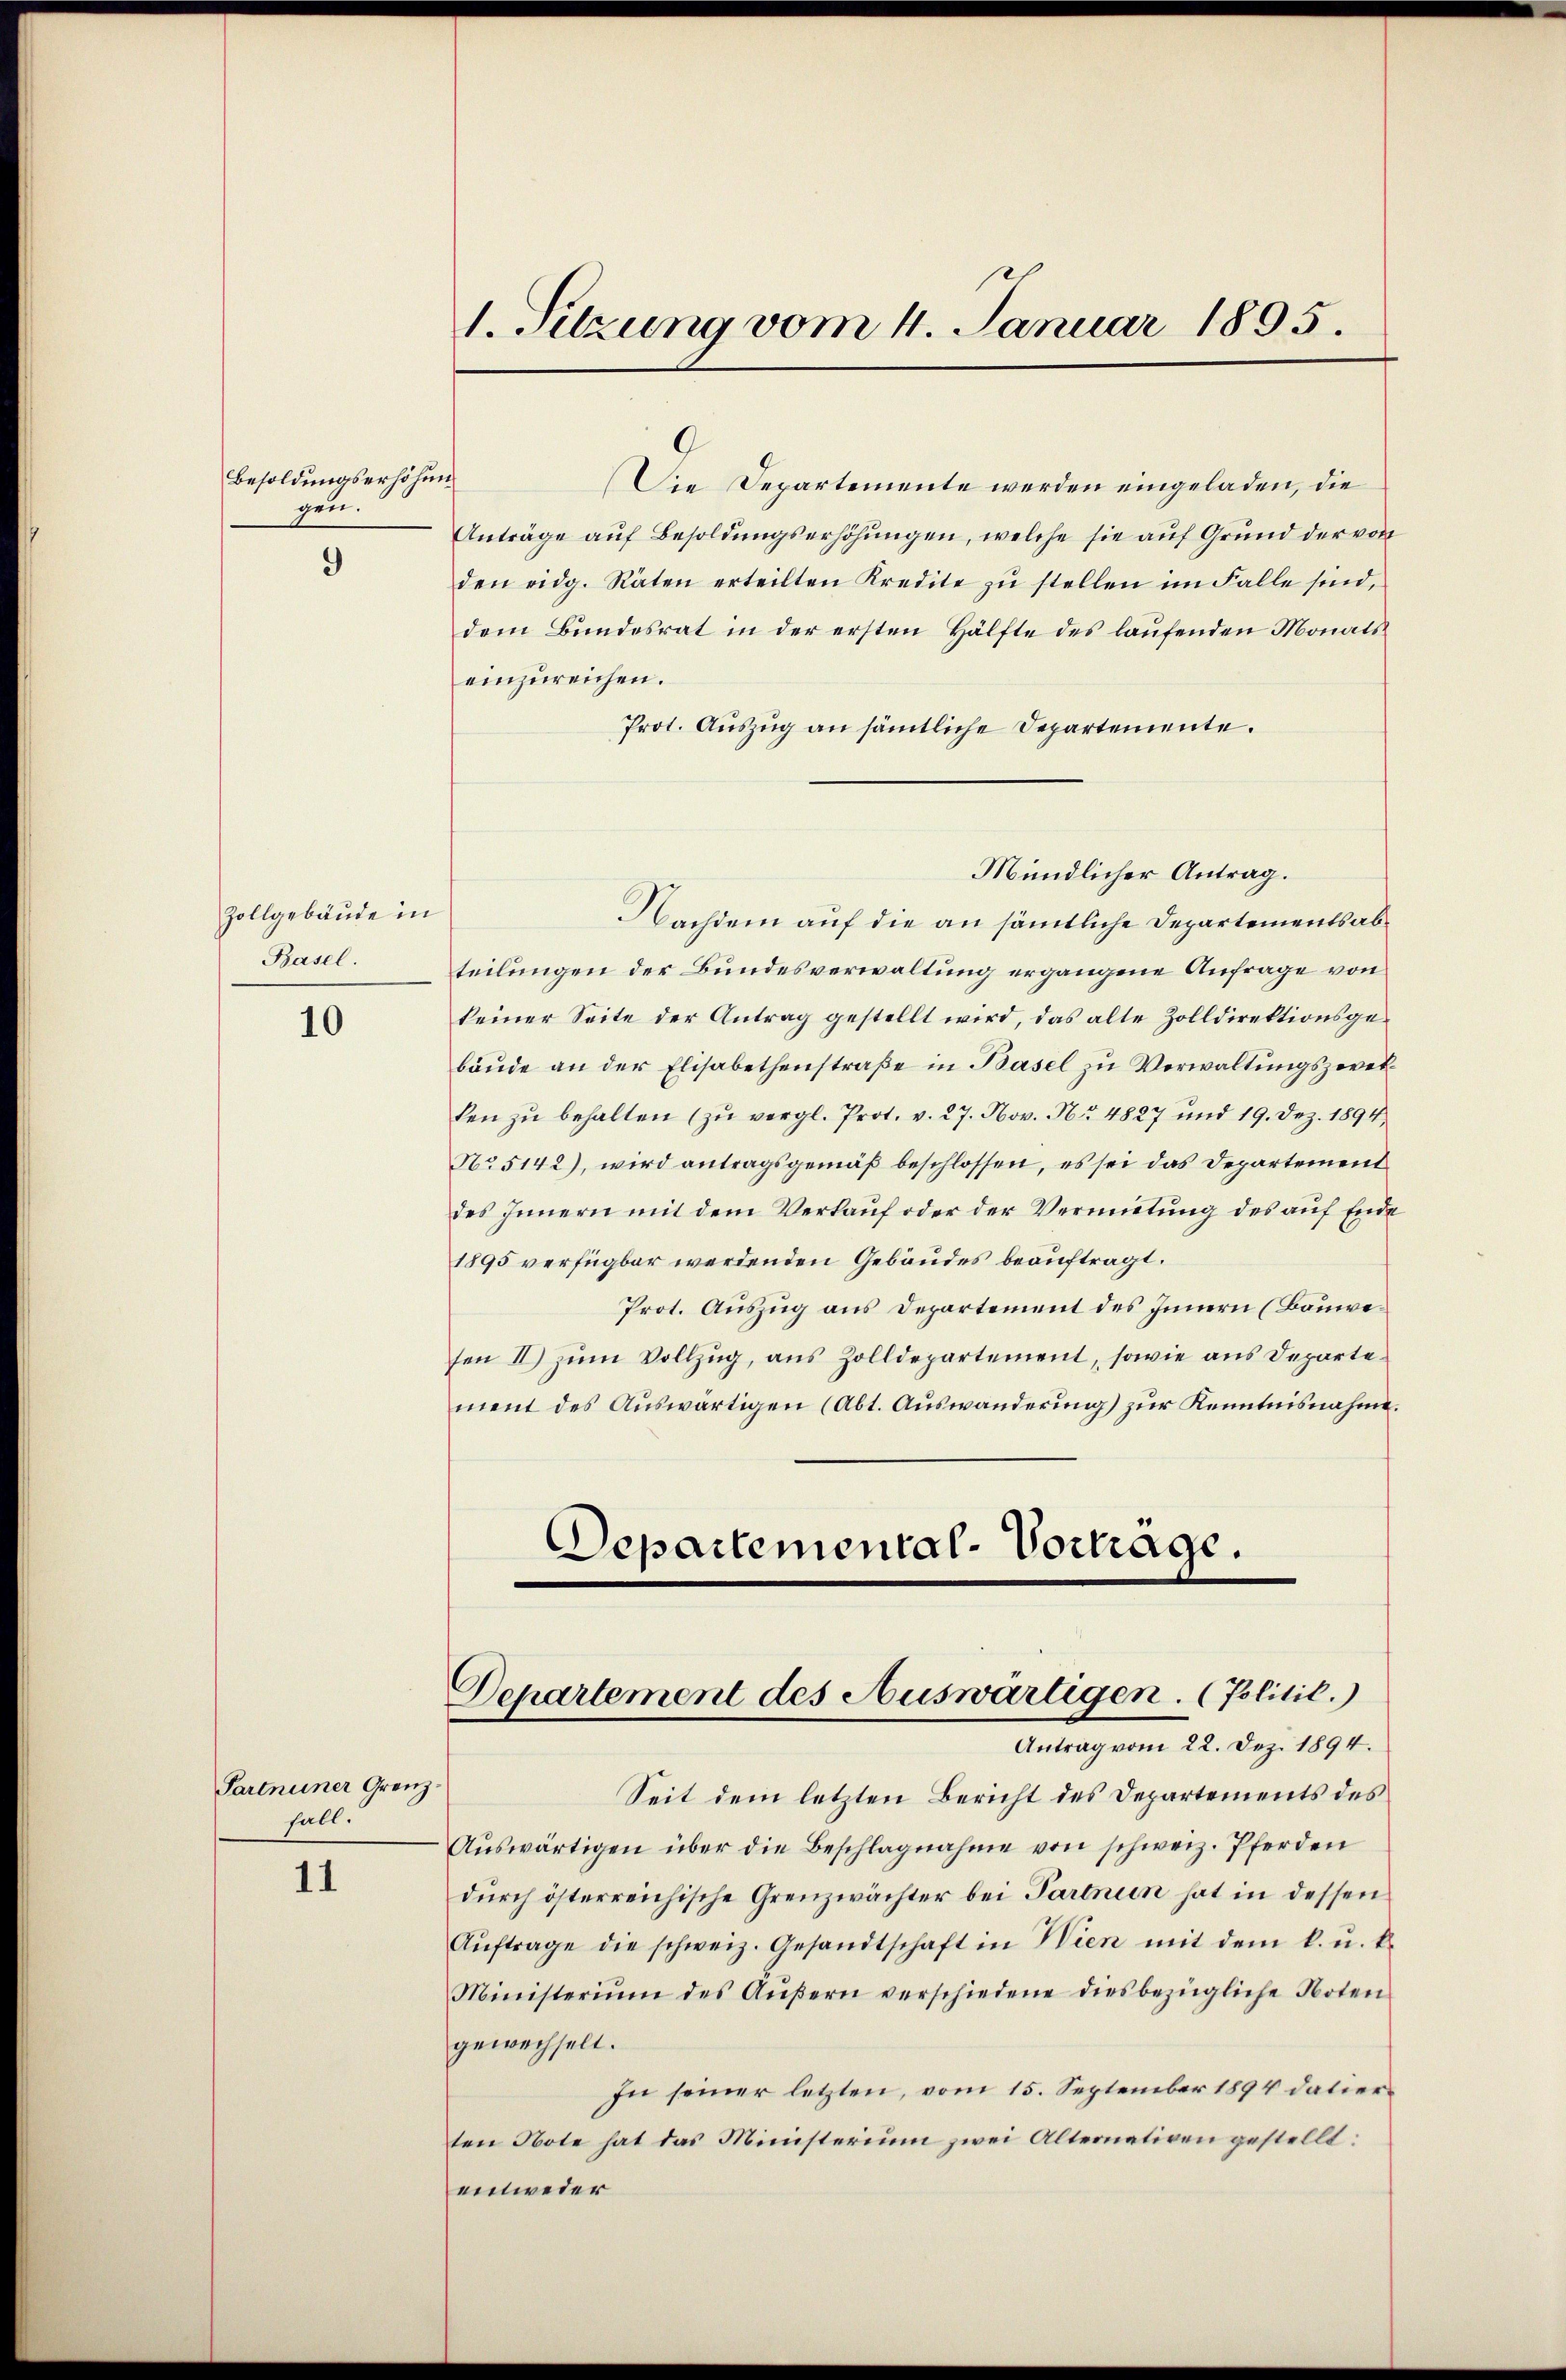
Besoldungserhöhun
gen.

9

Zollgebäude in
Basel.

10

Partneiner Grenzfall.

11

1. Sitzung vom 4. Januar 1895.

Die Departemente werden eingeladen, die
Anträge aŭf Besoldŭngserhöhŭngen, welche sie auf Grund der von
den eidg. Räten erteilten Kredite zŭ stellen im Falle sind,
dem Bundesrat in der ersten Hälfte des laufenden Monatseinzureichen.
Prot. Auszug an sämtliche Departemente.
Mündlicher Antrag.
Nachdem auf die an sämtliche Departementsabteilungen der Bundesverwaltung ergangene Anfrage von
keiner Seite der Antrag gestellt wird, das alte Zolldirektionsgebäŭde an der Elisabethenstraβe in Basel zu Verwaltungszeret
ken zŭ behalten (zŭ vergl. Prot. v. 27. Nov. Nr. 4827 und 19. Dez. 1894,
No 5142), wird antragsgemäß beschlossen, es sei das Departement
des Innern mit dem Verkauf oder der Vermutung des auf Ende
1895 verfügbar werdenden Gebäudes beauftragt.
Prot. Auszug aus Departement des Innern (Bauwesen II) zum Vollzug, aus Zolldepartement, sowie aus Departement des Auswärtigen (Abt. Auswanderung) zur Kenntnisnahme.
Departemonial-Vortrage.

Departement des Auswärtigen. (Politic.)
Antrag vom 22. Dez. 1894.

Seit dem letzten Bericht des Departements des
Aŭswärtigen über die Beschlagnahme von schweiz. Pferden
durch österreichische Grenzwächter bei Partnun hat in dessen
Aŭftrage die schweiz. Gesandtschaft in Wien mit dem k. u. k.
Ministerium des Aŭβern verschiedene diesbezügliche Noten
gewechselt.
In seiner letzten, vom 15. September 1894 datierten Note hat das Ministerium zwei Alternativen gestellt:
entweder